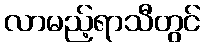
လာမည့်ရာသီတွင်